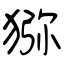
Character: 猕